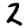
Digit: 2